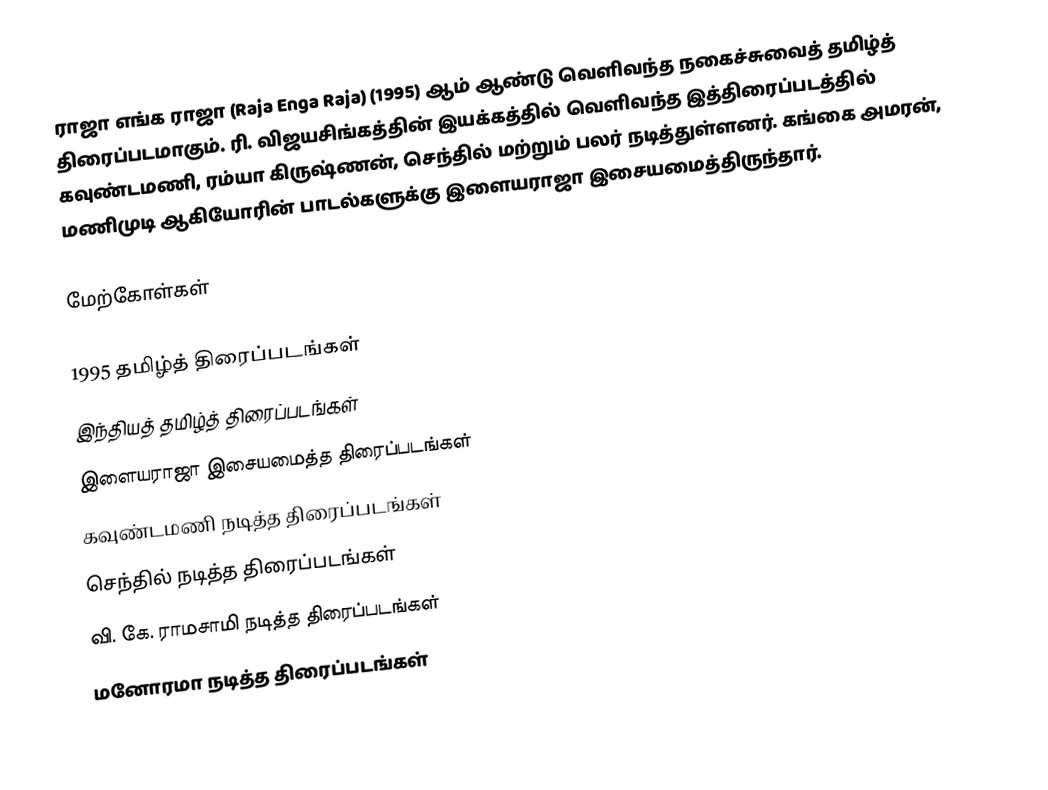
ராஜா எங்க ராஜா (Raja Enga Raja) (1995) ஆம் ஆண்டு வெளிவந்த நகைச்சுவைத் தமிழ்த் திரைப்படமாகும். ரி. விஜயசிங்கத்தின் இயக்கத்தில் வெளிவந்த இத்திரைப்படத்தில் கவுண்டமணி, ரம்யா கிருஷ்ணன், செந்தில் மற்றும் பலர் நடித்துள்ளனர். கங்கை அமரன், மணிமுடி ஆகியோரின் பாடல்களுக்கு இளையராஜா இசையமைத்திருந்தார்.

மேற்கோள்கள்

1995 தமிழ்த் திரைப்படங்கள்
இந்தியத் தமிழ்த் திரைப்படங்கள்
இளையராஜா இசையமைத்த திரைப்படங்கள்
கவுண்டமணி நடித்த திரைப்படங்கள்
செந்தில் நடித்த திரைப்படங்கள்
வி. கே. ராமசாமி நடித்த திரைப்படங்கள்
மனோரமா நடித்த திரைப்படங்கள்